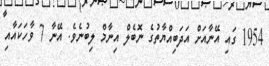
1954 ގައި އޭނާއަށް އަދަބިއްޔާތުގެ ނޮބެލް އިނާމް ލިބުނެވެ. އޭނާ 7 ވާހަކައާއި